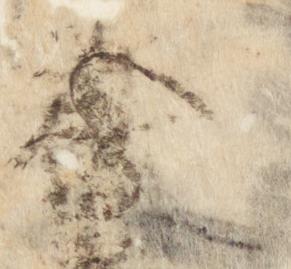
僉